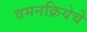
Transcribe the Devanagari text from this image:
वमनक्रियेचे